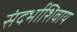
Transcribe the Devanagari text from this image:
संदर्भाशिवाय